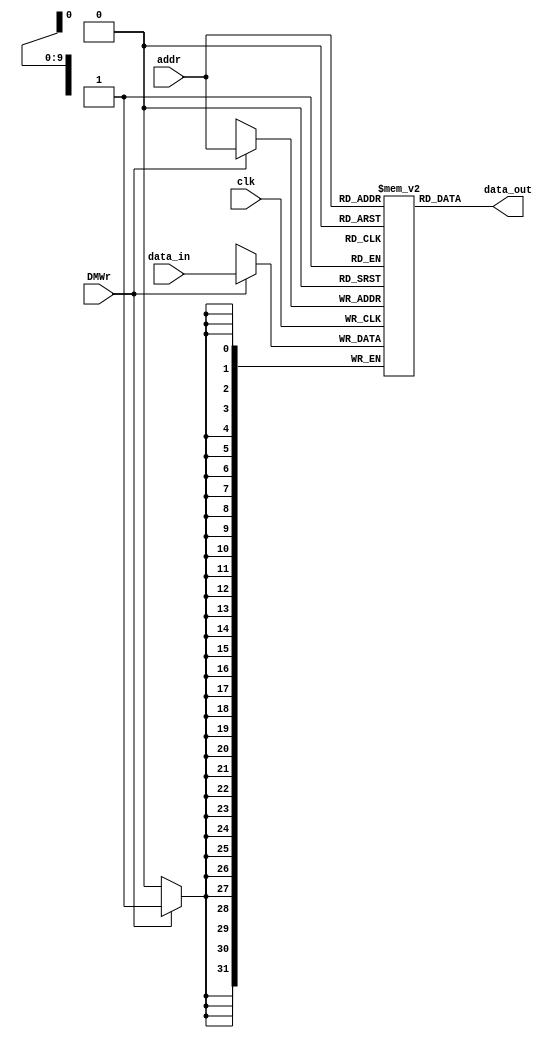
`timescale 1ns / 1ps

module DM(
   input  [11:2] addr,
   input  [31:0] data_in,
   input  DMWr,
   input  clk,
   output wire [31:0] data_out
);
    reg [31:0] DMEM[1023:0];

    always @(posedge clk) 
        begin
            if (DMWr)
                DMEM[addr] <= data_in;
        end
        `ifdef DEBUG
         $display("dmem[00-07]=%8X, %8X, %8X, %8X, %8X, %8X, %8X, %8X", dmem[0], dmem[1], dmem[2], dmem[3], dmem[4], dmem[5], dmem[6], dmem[7]);
         $display("dmem[08-15]=%8X, %8X, %8X, %8X, %8X, %8X, %8X, %8X", dmem[8], dmem[9], dmem[10], dmem[11],dmem[12], dmem[13], dmem[14], dmem[15]);
         $display("dmem[16-23]=%8X, %8X, %8X, %8X, %8X, %8X, %8X, %8X", dmem[16], dmem[17], dmem[18], dmem[19], dmem[20],dmem[21], dmem[22], dmem[23]);
         $display("dmem[24-31]=%8X, %8X, %8X, %8X, %8X, %8X, %8X, %8X", dmem[24], dmem[25], dmem[26], dmem[27], dmem[28], dmem[29], dmem[30], dmem[31]);
      `endif
    assign data_out = DMEM[addr];
endmodule